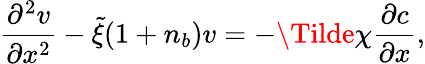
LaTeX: \frac{\partial^{2}v}{\partial x^{2}}-\tilde{\xi}(1+n_{b})v=-\Tilde{\chi}\frac{\partial c}{\partial x},